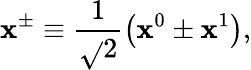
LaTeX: \mathbf{x}^{\pm}\equiv\frac{{1}}{{\sqrt{}{{2}}}}\left(\mathbf{x}^{0}\pm\mathbf{x}^{1}\right),